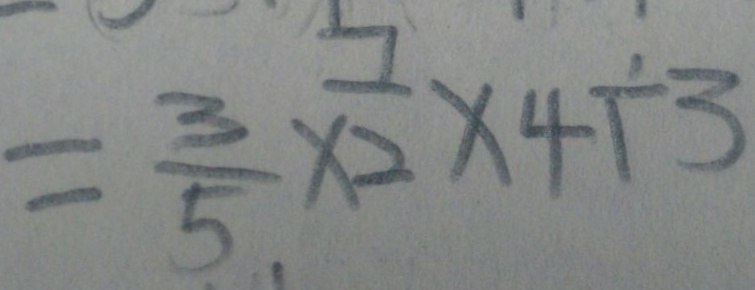
= \frac { 3 } { 5 } \times \frac { 7 } { 2 } \times 4 \div 3